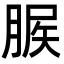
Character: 䐅